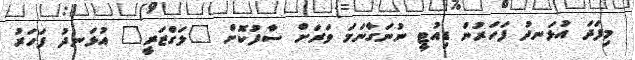
މިފަދަ އުޅަނދު ފަހަރުން ޑިއުޓީ ނުނަގާނަމަ ވަރަށް ސާފުކޮށް "ލަގްޒަރީ" އުޅަނދު ފަހަރު